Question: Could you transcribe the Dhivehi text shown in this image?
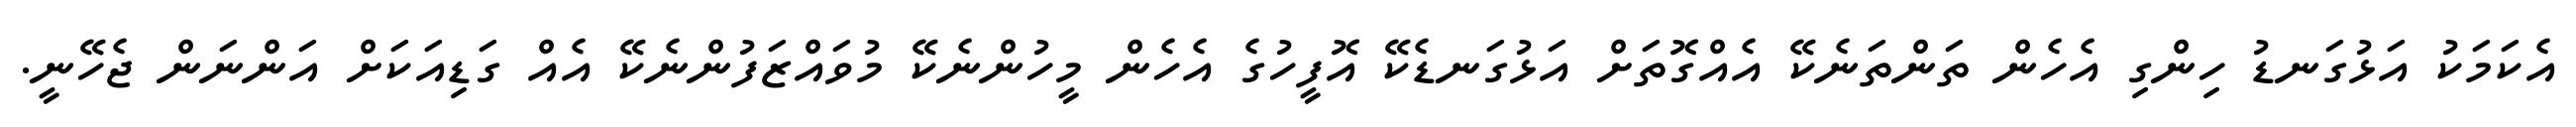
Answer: އެކަމަކު އަޅުގަނޑު ހިންގި އެހެން ތަންތަނެކޭ އެއްގޮތަށް އަޅުގަނޑެކޭ އޮފީހުގެ އެހެން މީހުންނެކޭ މުވައްޒަފުންނެކޭ އެއް ގަޑިއަކަށް އަންނަން ޖެހޭނީ.